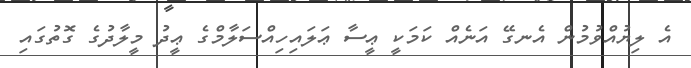
އެ ލިޔުއްވުމުން އެނގޭ އަނެއް ކަމަކީ ޢީސާ ޢަލައިހިއްސަލާމްގެ ޢީދު މީލާދުގެ ގޮތުގައި